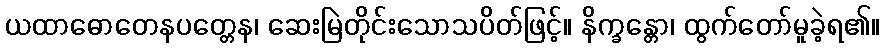
ယထာဓောတေနပတ္တေန၊ ဆေးမြဲတိုင်းသောသပိတ်ဖြင့်။ နိက္ခန္တော၊ ထွက်တော်မူခဲ့ရ၏။